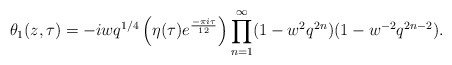
\begin{align*}\theta_1(z,\tau) = -i w q^{1/4}\left(\eta(\tau)e^{{\frac{-\pi i \tau}{12}}}\right) \prod_{n=1}^{\infty}(1- w^2 q^{2n})(1- w^{-2} q^{2n-2}).\end{align*}